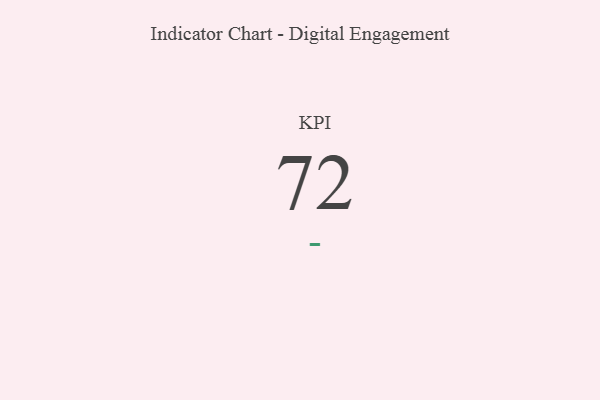
{"axis": {"x": "KPI", "y": "Value"}, "legend": [""], "data": [{"x": "KPI", "y": 72, "type": ""}]}